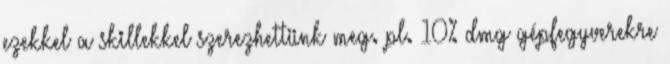
ezekkel a skillekkel szerezhettünk meg. pl. 10% dmg gépfegyverekre